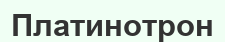
Платинотрон